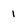
Character: 1